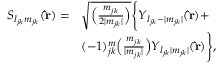
\begin{array} { r l } { S _ { l _ { j k } m _ { j k } } ( \mathbf { \hat { r } } ) = } & { \sqrt { \Big ( \frac { m _ { j k } } { 2 | m _ { j k } | } \Big ) } \Bigg \{ Y _ { l _ { j k } - | m _ { j k } | } ( \mathbf { \hat { r } } ) + } \\ & { ( - 1 ) _ { j k } ^ { m } \Big ( \frac { m _ { j k } } { | m _ { j k } | } \Big ) Y _ { l _ { j k } | m _ { j k } | } ( \mathbf { \hat { r } } ) \Bigg \} , } \end{array}